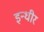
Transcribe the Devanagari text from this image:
इन्धीर